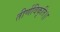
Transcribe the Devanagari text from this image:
तीर्णविकृति।।